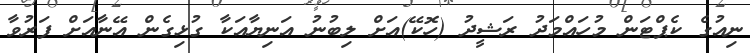
ނިއުގެ ކެޕްޓަން މުހައްމަދު ރަޝީދު (ހޮކޭ)އަށް ލިބުނު އަނިޔާއަކާ ގުޅިގެން އޭނާއަށް ފަރުވާ